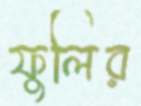
ফুলির